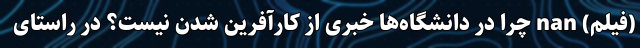
(فیلم) nan چرا در دانشگاه‌ها خبری از کارآفرین شدن نیست؟ در راستای